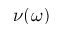
\nu ( \omega )